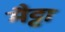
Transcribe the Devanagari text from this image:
मैट्टा